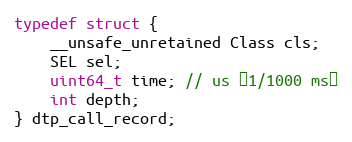
Language: C
typedef struct {
    __unsafe_unretained Class cls;
    SEL sel;
    uint64_t time; // us （1/1000 ms）
    int depth;
} dtp_call_record;